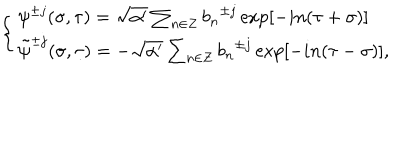
\left\{ \begin{array} { l } { { { \psi } ^ { \pm j } ( \sigma , \tau ) = \sqrt { \alpha ^ { \prime } } \sum _ { n \in Z } { b _ { n } } ^ { \pm j } \exp [ - i n ( \tau + \sigma ) ] } } \\ { { { \tilde { \psi } } ^ { \pm j } ( \sigma , \tau ) = - \sqrt { \alpha ^ { \prime } } \sum _ { n \in Z } { b _ { n } } ^ { \pm j } \exp [ - i n ( \tau - \sigma ) ] , } } \\ \end{array} \right.